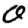
Digit: 0